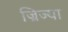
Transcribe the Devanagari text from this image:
ज्रिज्या